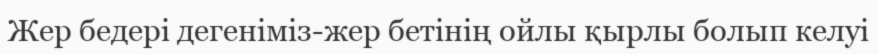
Жер бедері дегеніміз-жер бетінің ойлы қырлы болып келуі